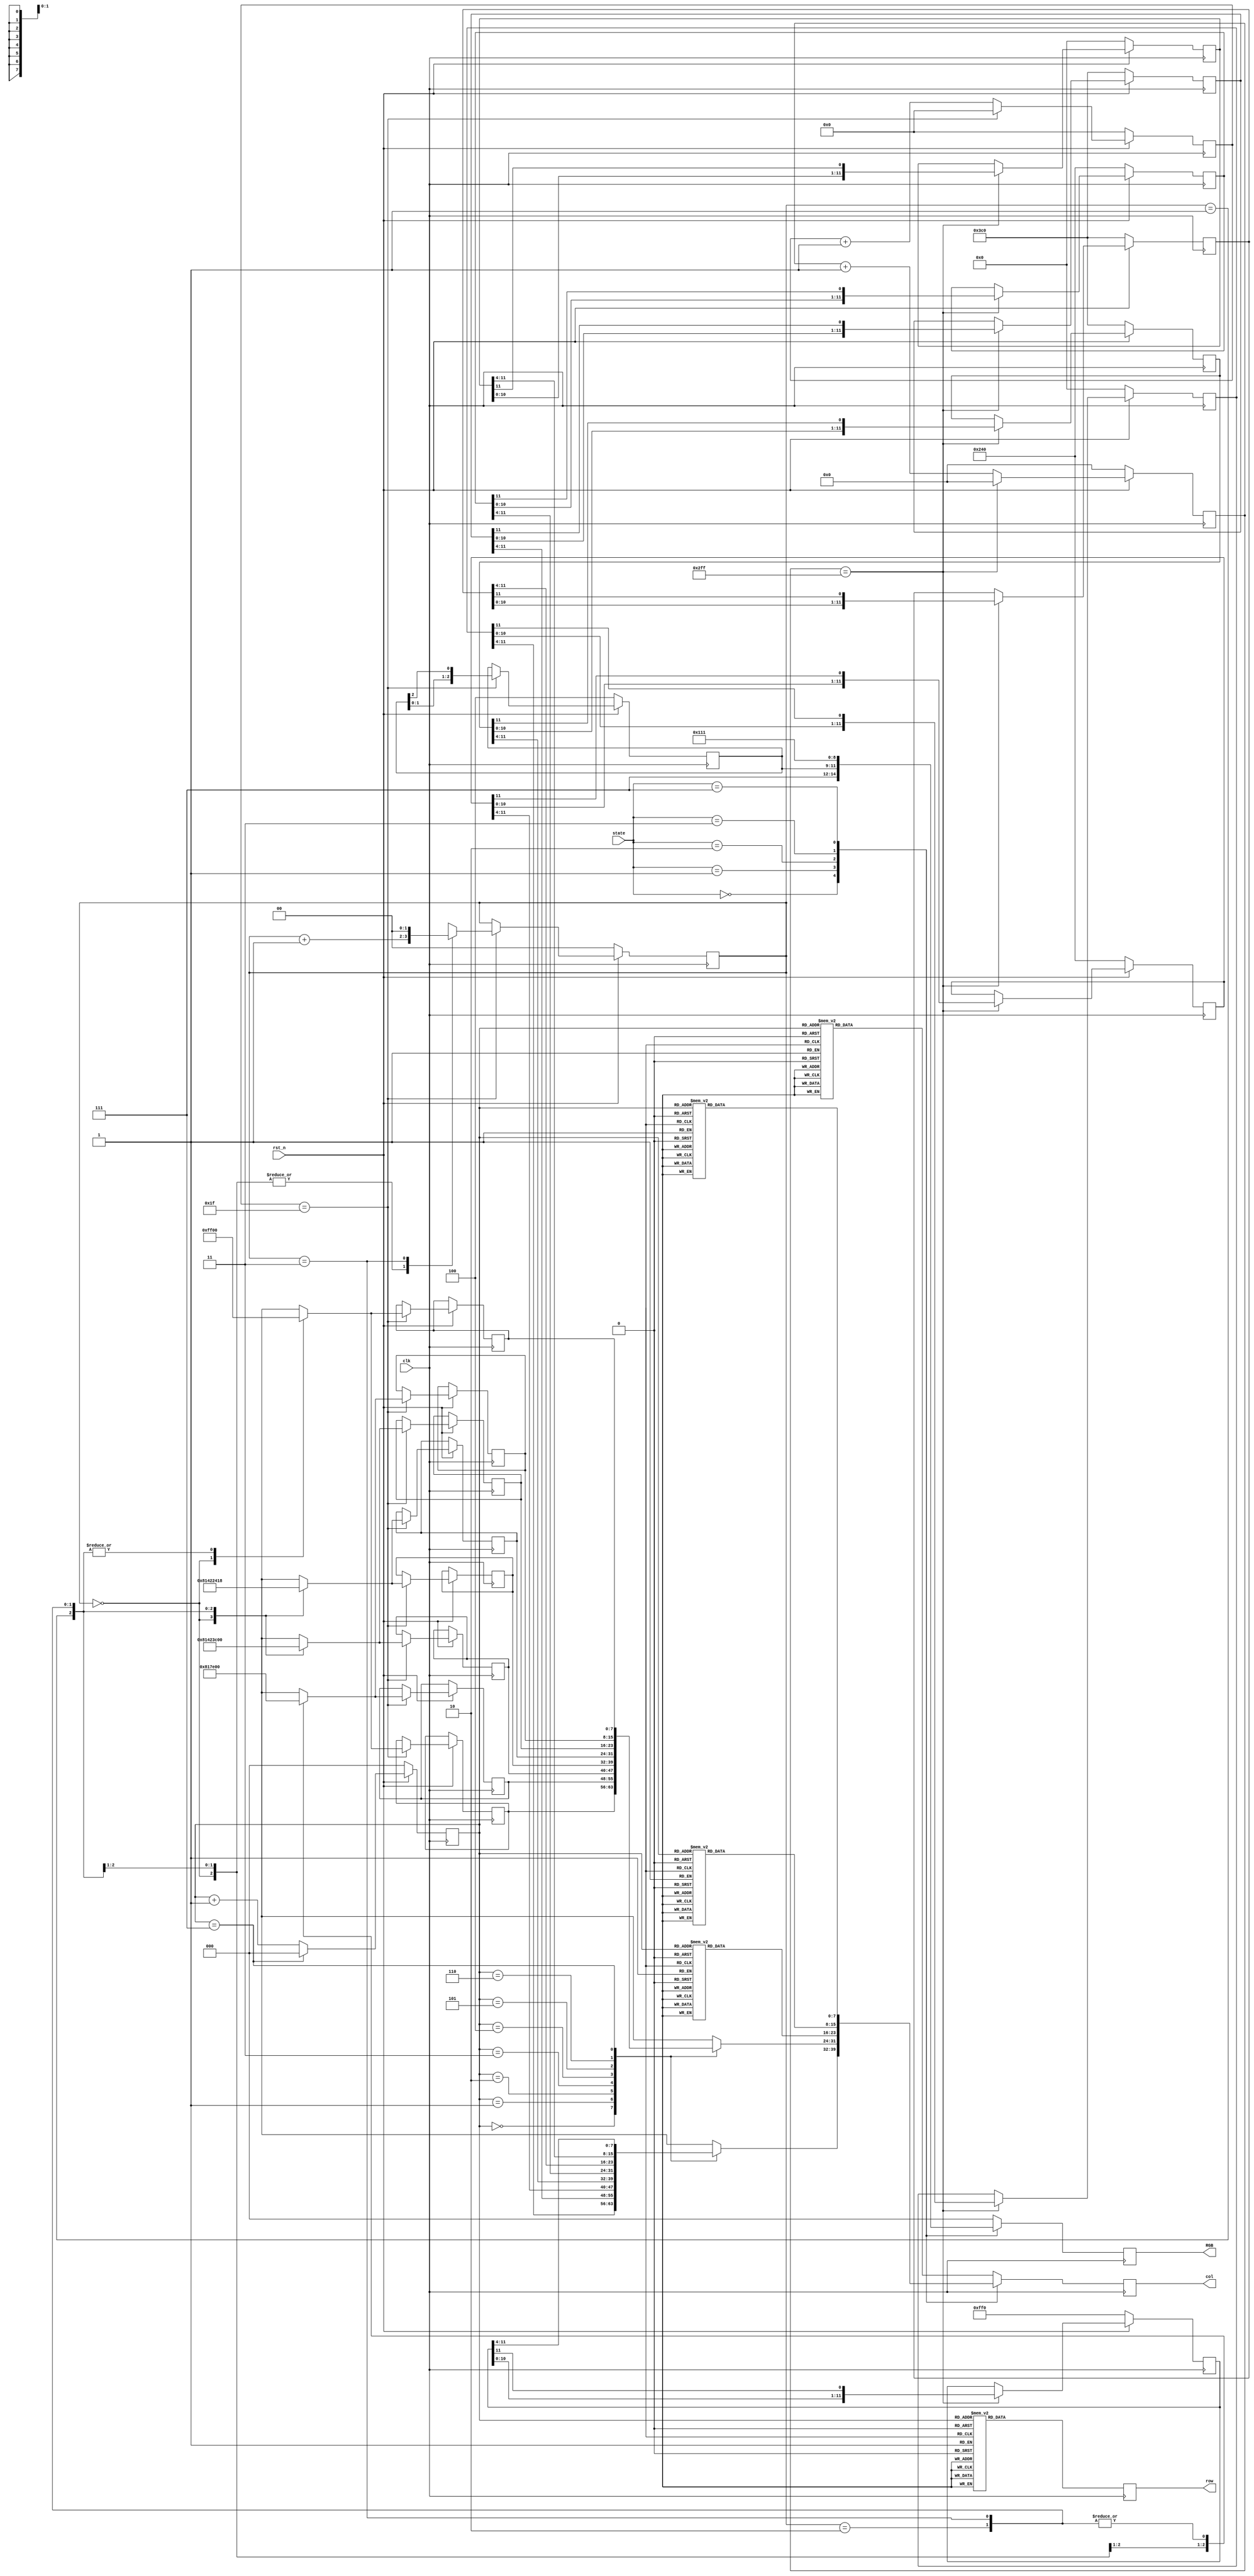
module LED (
    input [2:0] state,//
    input clk,//
    input rst_n,//
    output reg[2:0]RGB,//
    output reg[7:0] row,//
    output reg[7:0] col 
);
reg [2:0]scan;//
reg [4:0]count;//
reg [9:0]count2;//
reg [1:0]count_inter;//
//LED
reg [7:0]wait1;
reg [7:0]wait2;
reg [7:0]wait3;
reg [7:0]wait4;
reg [7:0]wait5;
reg [7:0]wait6;
reg [7:0]wait7;
reg [7:0]wait8;
reg [2:0]RGB_temp;
//LED
reg [11:0]dan1;
reg [11:0]dan2;
reg [11:0]dan3;
reg [11:0]dan4;
reg [11:0]dan5;
reg [11:0]dan6;
reg [11:0]dan7;
reg [11:0]dan8;

//S0 
//S1start----
//S3||||
//S2fail
//S4

parameter S0 = 3'b000, S1 = 3'b001, S2 = 3'b010, S3 = 3'b011, S4 = 3'b111;
//0-7
always @(posedge clk) begin
	if(!rst_n) begin
		scan <= 3'b000;
    end
	else if(scan == 3'b111) begin
		scan <= 3'b000;
    end
	else begin
		scan <= scan+3'd1;
    end
end
//3*8
always @(posedge clk) begin
    if(!rst_n) begin
        count <= 5'd0;
        count_inter <= 2'd0;
        RGB_temp <= 3'b100;
    end
    else begin
        if(count == 5'b11111) begin
            count <= 5'b00000;
            RGB_temp <= {RGB_temp[1:0],RGB_temp[2]};
            case(count_inter)//
            2'b00:
            begin
                wait1 <= 8'b11111111;
                wait2 <= 8'b10000001;
                wait3 <= 8'b10000001;
                wait4 <= 8'b10000001;
                wait5 <= 8'b10000001;
                wait6 <= 8'b10000001;
                wait7 <= 8'b10000001;
                wait8 <= 8'b11111111;
                count_inter <= count_inter + 2'd1;
            end
            2'b01:
            begin
                wait1 <= 8'b00000000;
                wait2 <= 8'b01111110;
                wait3 <= 8'b01000010;
                wait4 <= 8'b01000010;
                wait5 <= 8'b01000010;
                wait6 <= 8'b01000010;
                wait7 <= 8'b01111110;
                wait8 <= 8'b00000000;
                count_inter <= count_inter + 2'd1;
            end
            2'b10:
            begin
                wait1 <= 8'b00000000;
                wait2 <= 8'b00000000;
                wait3 <= 8'b00111100;
                wait4 <= 8'b00100100;
                wait5 <= 8'b00100100;
                wait6 <= 8'b00111100;
                wait7 <= 8'b00000000;
                wait8 <= 8'b00000000;
                count_inter <= count_inter + 2'd1;
            end
            2'b11:
            begin
                wait1 <= 8'b00000000;
                wait2 <= 8'b00000000;
                wait3 <= 8'b00000000;
                wait4 <= 8'b00011000;
                wait5 <= 8'b00011000;
                wait6 <= 8'b00000000;
                wait7 <= 8'b00000000;
                wait8 <= 8'b00000000;   
                count_inter <= 2'b00;
            end
            default:
            begin
                wait1 <= 8'b00000000;
                wait2 <= 8'b00000000;
                wait3 <= 8'b00000000;
                wait4 <= 8'b00000000;
                wait5 <= 8'b00000000;
                wait6 <= 8'b00000000;
                wait7 <= 8'b00000000;
                wait8 <= 8'b00000000;   
                count_inter <= count_inter;
            end 
            endcase
        end
        else begin
        count <= count + 5'd1;
        end
    end
end

//
always @(posedge clk) begin
    if(!rst_n) begin
        count2 <= 10'd0;
        dan1 <= 12'b000000000000;
        dan2 <= 12'b001111000000;
        dan3 <= 12'b001001000000;
        dan4 <= 12'b001111000000;
        dan5 <= 12'b001001000000;
        dan6 <= 12'b001111000000;
        dan7 <= 12'b000000000000;
        dan8 <= 12'b111111110000;
    end
    else begin
        if(count2 == 10'b1011111111) begin
            count2 <= 10'b000000000;
            //
            dan1 <= {dan1[10:0],dan1[11]};
            dan2 <= {dan2[10:0],dan2[11]};
            dan3 <= {dan3[10:0],dan3[11]};
            dan4 <= {dan4[10:0],dan4[11]};
            dan5 <= {dan5[10:0],dan5[11]};
            dan6 <= {dan6[10:0],dan6[11]};
            dan7 <= {dan7[10:0],dan7[11]};
            dan8 <= {dan8[10:0],dan8[11]};     
        end
        else begin
        count2 <= count2 + 10'd1;
        end
    end
end
//
always @(posedge clk) begin
    case (scan)
        3'b000:row <= 8'b00000001;
        3'b001:row <= 8'b00000010;
        3'b010:row <= 8'b00000100;
        3'b011:row <= 8'b00001000;
        3'b100:row <= 8'b00010000;
        3'b101:row <= 8'b00100000;
        3'b110:row <= 8'b01000000;
        3'b111:row <= 8'b10000000;
    endcase
end

//
always @(posedge clk) begin
    case (state)
    S0://
    begin
        case (scan)//8bit
        3'b000:col <= dan1[11:4];
        3'b001:col <= dan2[11:4];
        3'b010:col <= dan3[11:4];
        3'b011:col <= dan4[11:4];
        3'b100:col <= dan5[11:4];
        3'b101:col <= dan6[11:4];
        3'b110:col <= dan7[11:4];
        3'b111:col <= dan8[11:4];
        endcase
        RGB <= 3'b111;
    end
    S1:
    begin
        case (scan)//
        3'b000:col <= wait1;
        3'b001:col <= wait2;
        3'b010:col <= wait3;
        3'b011:col <= wait4;
        3'b100:col <= wait5;
        3'b101:col <= wait6;
        3'b110:col <= wait7;
        3'b111:col <= wait8;
        endcase
        RGB <= RGB_temp;
    end
    S2://
    begin
        case (scan)
        3'b000:col <= 8'b00111100;
        3'b001:col <= 8'b01000010;
        3'b010:col <= 8'b10100101;
        3'b011:col <= 8'b10000001;
        3'b100:col <= 8'b10011001;
        3'b101:col <= 8'b10100101;
        3'b110:col <= 8'b01000010;
        3'b111:col <= 8'b00111100;
        endcase
        RGB <= 3'b100;
    end
    S3:
    begin
        case (scan)//
        3'b000:col <= 8'b00000000;
        3'b001:col <= 8'b00000000;
        3'b010:col <= 8'b00111100;
        3'b011:col <= 8'b00111100;
        3'b100:col <= 8'b00111100;
        3'b101:col <= 8'b00111100;
        3'b110:col <= 8'b00000000;
        3'b111:col <= 8'b00000000;
        endcase
        RGB <= 3'b010;
    end
    S4://
    begin
        case (scan)
        3'b000:col <= 8'b00111100;
        3'b001:col <= 8'b01000010;
        3'b010:col <= 8'b10100101;
        3'b011:col <= 8'b10000001;
        3'b100:col <= 8'b10100101;
        3'b101:col <= 8'b10011001;
        3'b110:col <= 8'b01000010;
        3'b111:col <= 8'b00111100;
        endcase
        RGB <= 3'b001;
    end
    default:
    begin
        case (scan)
        3'b000:col <= 8'b00000000;
        3'b001:col <= 8'b00000000;
        3'b010:col <= 8'b00000000;
        3'b011:col <= 8'b00000000;
        3'b100:col <= 8'b00000000;
        3'b101:col <= 8'b00000000;
        3'b110:col <= 8'b00000000;
        3'b111:col <= 8'b00000000;
        endcase
        RGB <= 3'b000;
    end        
    endcase
end    
endmodule